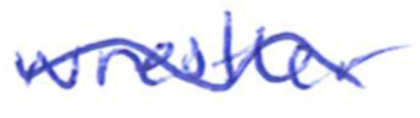
Text: wrestler
Cross-out: wave
Writing tool: ballpoint